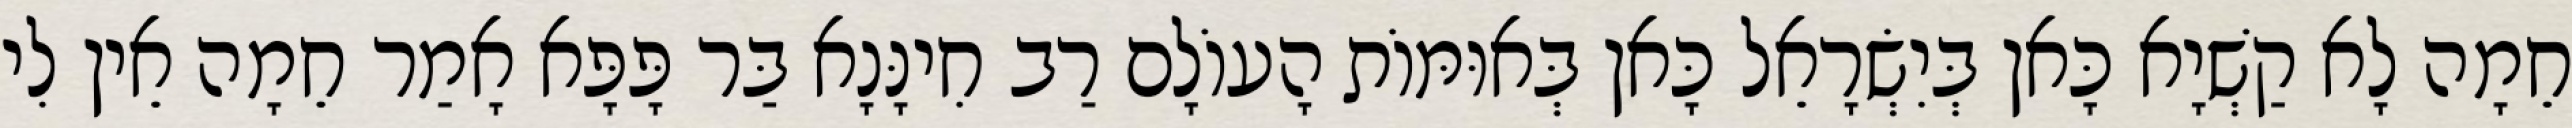
חֵמָה לָא קַשְׁיָא כָּאן בְּיִשְׂרָאֵל כָּאן בְּאוּמּוֹת הָעוֹלָם רַב חִינָּנָא בַּר פָּפָּא אָמַר חֵמָה אֵין לִי